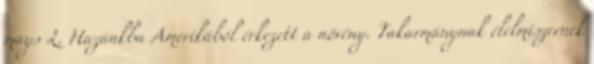
mays L. Hazánkba Amerikából érkezett a növény. Takarmánynak élelmiszernek